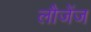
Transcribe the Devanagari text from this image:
लौजेंज